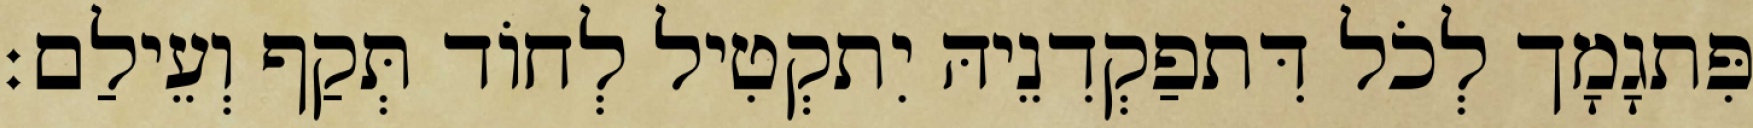
פִּתגָמָך לְכֹל דִּתפַקְדִנֵיהּ יִתקְטִיל לְחוֹד תְּקַף וְעֵילַם׃